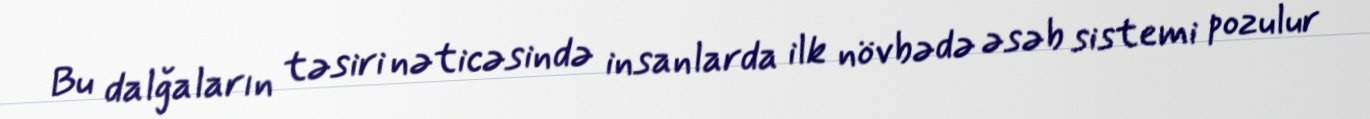
Bu dalğaların təsiri nəticəsində insanlarda ilk növbədə əsəb sistemi pozulur